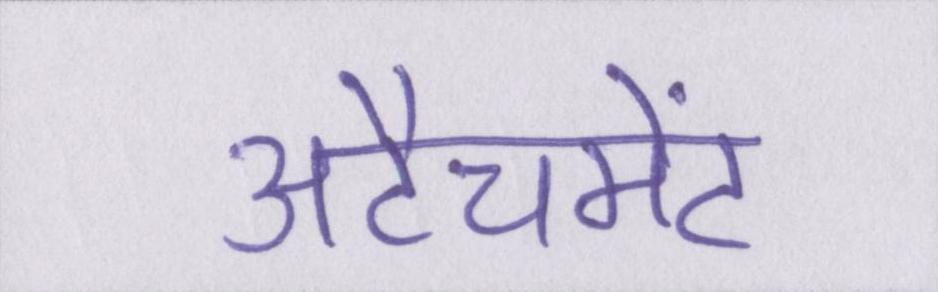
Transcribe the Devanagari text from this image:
अटैचमेंट